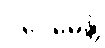
ပဝေဓေန္တိ